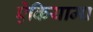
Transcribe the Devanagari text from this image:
ऐकियामा